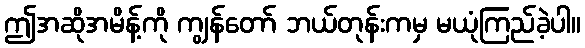
ဤအဆိုအမိန့်ကို ကျွန်တော် ဘယ်တုန်းကမှ မယုံကြည်ခဲ့ပါ။